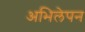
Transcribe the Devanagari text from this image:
अभिलेपन